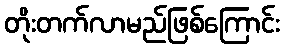
တိုးတက်လာမည်ဖြစ်ကြောင်း